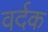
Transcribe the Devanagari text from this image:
वर्दक